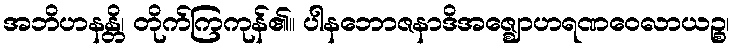
အဘိဟနန္တိ၊ တိုက်ကြကုန်၏။ ပါနဘောဇနာဒိအဇ္ဈောဟရဏဝေလာယဉ္စ၊